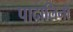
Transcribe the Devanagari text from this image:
पादालिनो